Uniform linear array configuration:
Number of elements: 64
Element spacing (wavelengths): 0.75
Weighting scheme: cosine
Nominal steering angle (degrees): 30
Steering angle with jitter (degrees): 29.233
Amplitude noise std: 0.05
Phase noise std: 0.05

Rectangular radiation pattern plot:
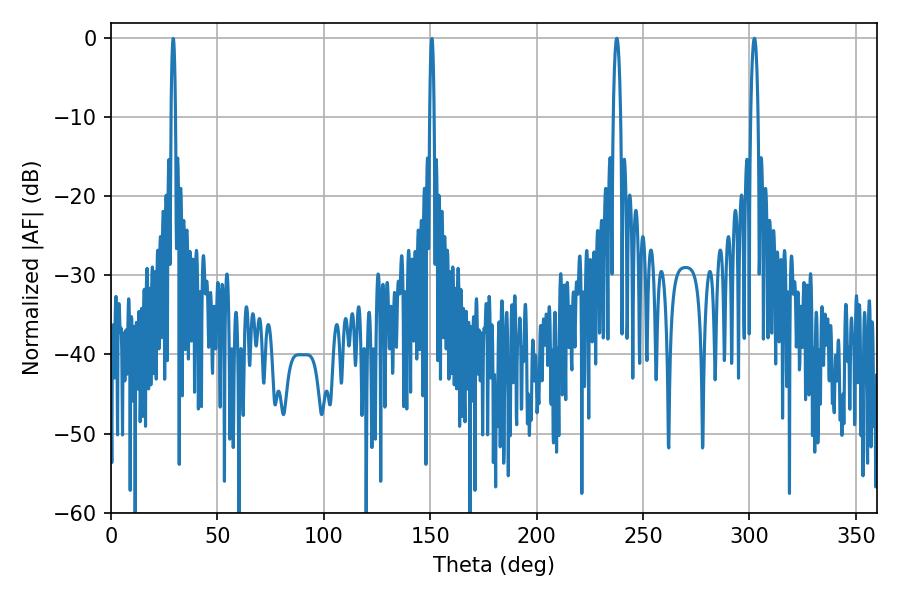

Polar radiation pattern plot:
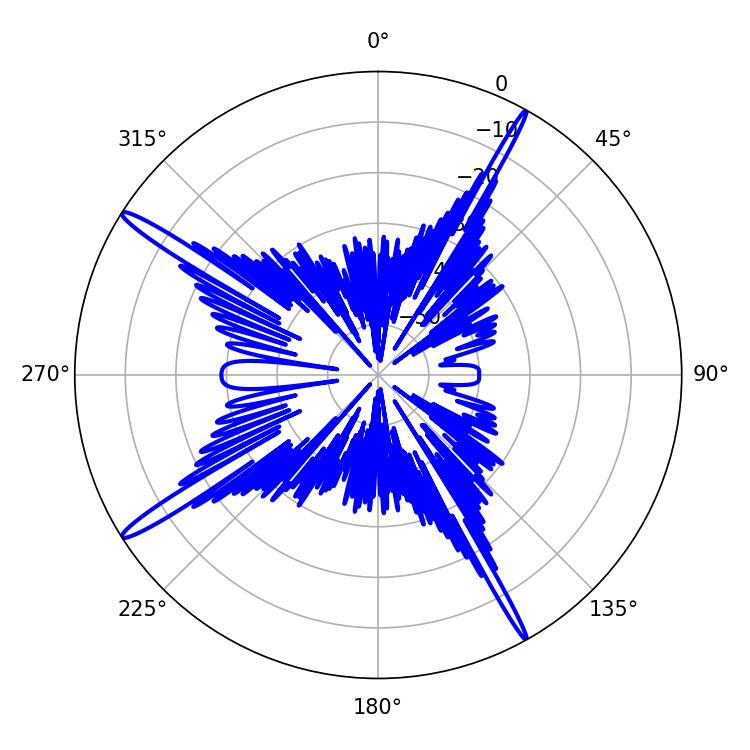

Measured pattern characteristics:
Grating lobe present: TRUE
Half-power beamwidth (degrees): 1.98
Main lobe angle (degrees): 237.6